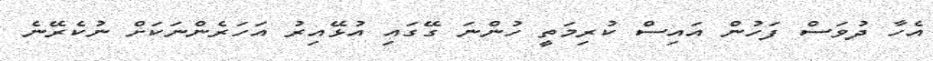
އެހާ ދުވަސް ފަހުން އައިސް ކުރިމަތީ ހުންނަ ގޭގައި އުޅޭއިރު އަހަރެންނަކަށް ނުކެރޭނެ